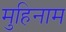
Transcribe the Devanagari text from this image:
मुहिनाम